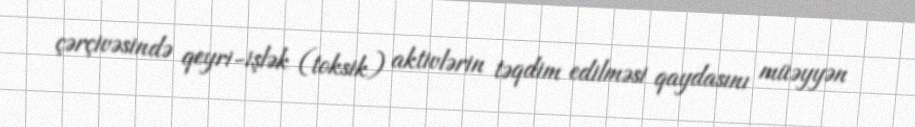
çərçivəsində qeyri-işlək (toksik) aktivlərin təqdim edilməsi qaydasını müəyyən